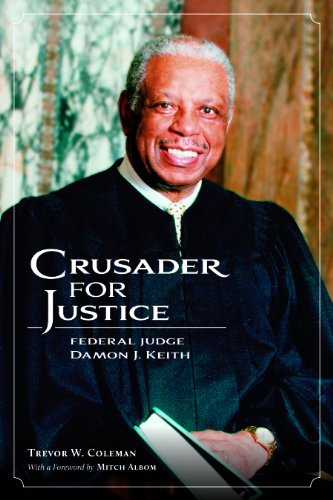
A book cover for Crusader for Justice: Federal Judge Damon J. Keith; Trevor W. Coleman; Law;